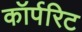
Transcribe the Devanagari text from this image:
कॉर्परिट